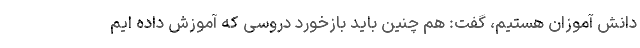
دانش آموزان هستیم، گفت: هم چنین باید بازخورد دروسی که آموزش داده ایم